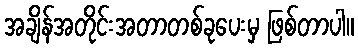
အချိန်အတိုင်းအတာတစ်ခုပေးမှ ဖြစ်တာပါ။